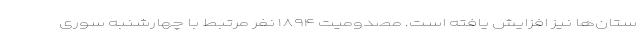
ستان‌ها نیز افزایش یافته است. مصدومیت ۱۸۹۴ نفر مرتبط با چهارشنبه سوری